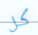
كل